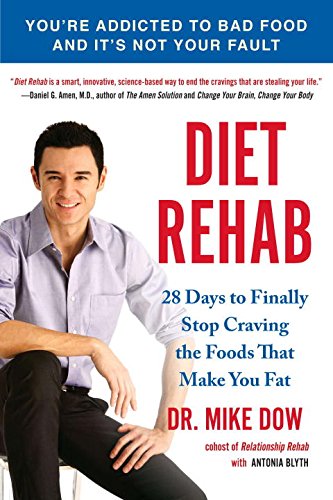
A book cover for Diet Rehab: 28 Days To Finally Stop Craving the Foods That Make You Fat; Mike Dow; Health, Fitness & Dieting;